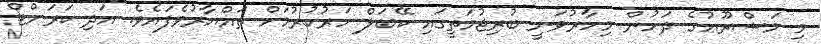
މި މަޝްރޫޢުގެ ދަށުން މިހާރުވަނީ ބުރިޖުމަތީގައި ކޭބަލް ހަރުކުރުމަށް ތައްޔާރުވެފައެވެ. އަދި ކަރަންޓް